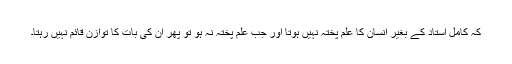
کہ کامل استاد کے بغیر انسان کا علم پختہ نہیں ہوتا اور جب علم پختہ نہ ہو تو پھر ان کی بات کا توازن قائم نہیں رہتا۔